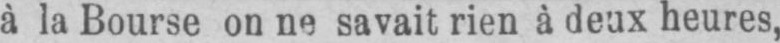
à la Bourse on ne savait rien à deux heures,